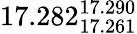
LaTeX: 17.282_{17.261}^{17.290}